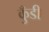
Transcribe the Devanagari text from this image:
कुँडी